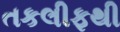
તકલીફથી